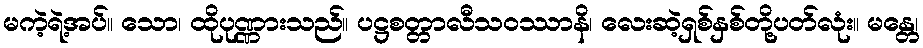
မကဲ့ရဲ့အပ်။ သော၊ ထိုပုဏ္ဏားသည်။ ပဋ္ဌစတ္တာလီသဝဿာနိ၊ လေးဆဲ့ရှစ်နှစ်တို့ပတ်လုံး။ မန္တေ၊